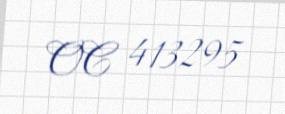
OC 413295